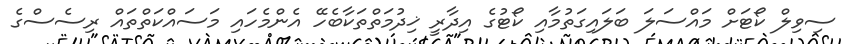
ސިވިލް ކޯޓަށް މައްސަލަ ބަލައިގަތުމާއި ކޯޓުގެ އިދާރީ ޚިދުމަތްތަކާބެހޭ އެންމެހައި މަސައްކަތްތައް ރިސެސްގެ